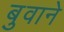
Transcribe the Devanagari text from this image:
बुवाने